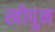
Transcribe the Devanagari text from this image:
खोपुन